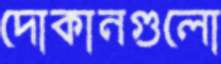
দোকানগুলো